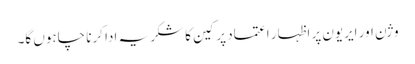
وژن اور ایریون پر اظہار اعتماد پر کین کا شکریہ ادا کرنا چاہوں گا۔